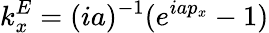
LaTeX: k_{x}^{E}=(ia)^{-1}(e^{iap_{x}}-1)